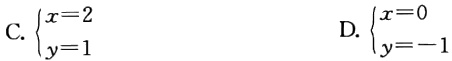
C. $\begin{cases}x = 2\\y = 1\end{cases}$  D. $\begin{cases}x = 0\\y = - 1\end{cases}$